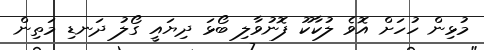
މުޅިން ހުހަށް އޮވެ ލުކާކޫ ފޮނުވާލި ބޯޅަ ދިޔައީ ގޯލު ދަނޑި މަތިން